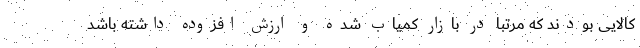
کالایی بودند که مرتبا در بازار کمیاب شده و ارزش افزوده داشته باشد